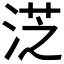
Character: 𣷸